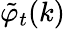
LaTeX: \tilde{\varphi}_{t}(k)